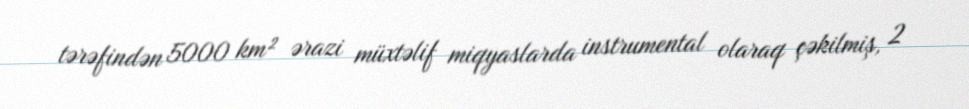
tərəfindən 5000 km² ərazi müxtəlif miqyaslarda instrumental olaraq çəkilmiş, 2